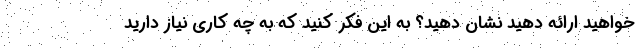
خواهید ارائه دهید نشان دهید؟ به این فکر کنید که به چه کاری نیاز دارید